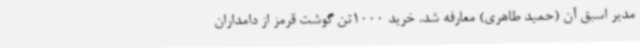
مدیر اسبق آن (حمید طاهری) معارفه شد. خرید 1000تن گوشت قرمز از دامداران